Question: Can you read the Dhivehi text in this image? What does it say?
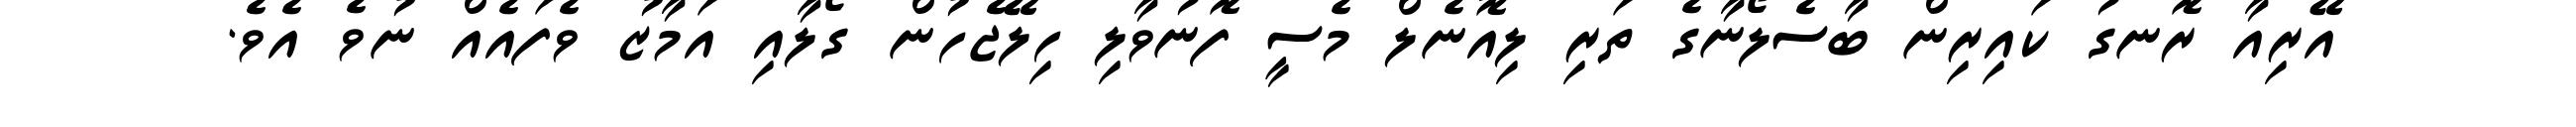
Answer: އޭރިއާ ރޮނގު ކައިރިން ބާސެލޯނާގެ ތަރި ލިއޮނެލް މެސީ ފޮނުވާލި ހިލޭޖެހުން ގޯލާއި އަމާޒު ވެފައެއް ނުވެ އެވެ.